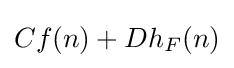
Cf(n)+Dh_{F}(n)